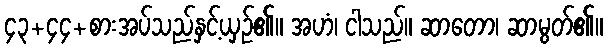
၄၃+၄၄+စားအပ်သည်နှင့်ယှဉ်၏။ အဟံ၊ ငါသည်။ ဆာတော၊ ဆာမွတ်၏။